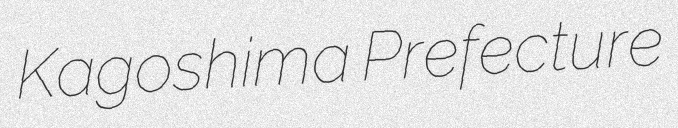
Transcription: Kagoshima Prefecture